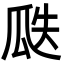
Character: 瓞